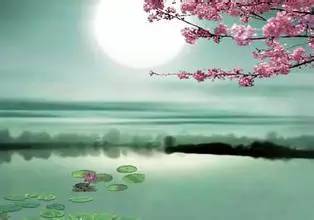
不知江月待何人，但见长江送流水。